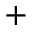
+